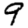
Digit: 9